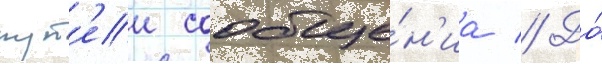
пут'еи сообще́н'иа // До́